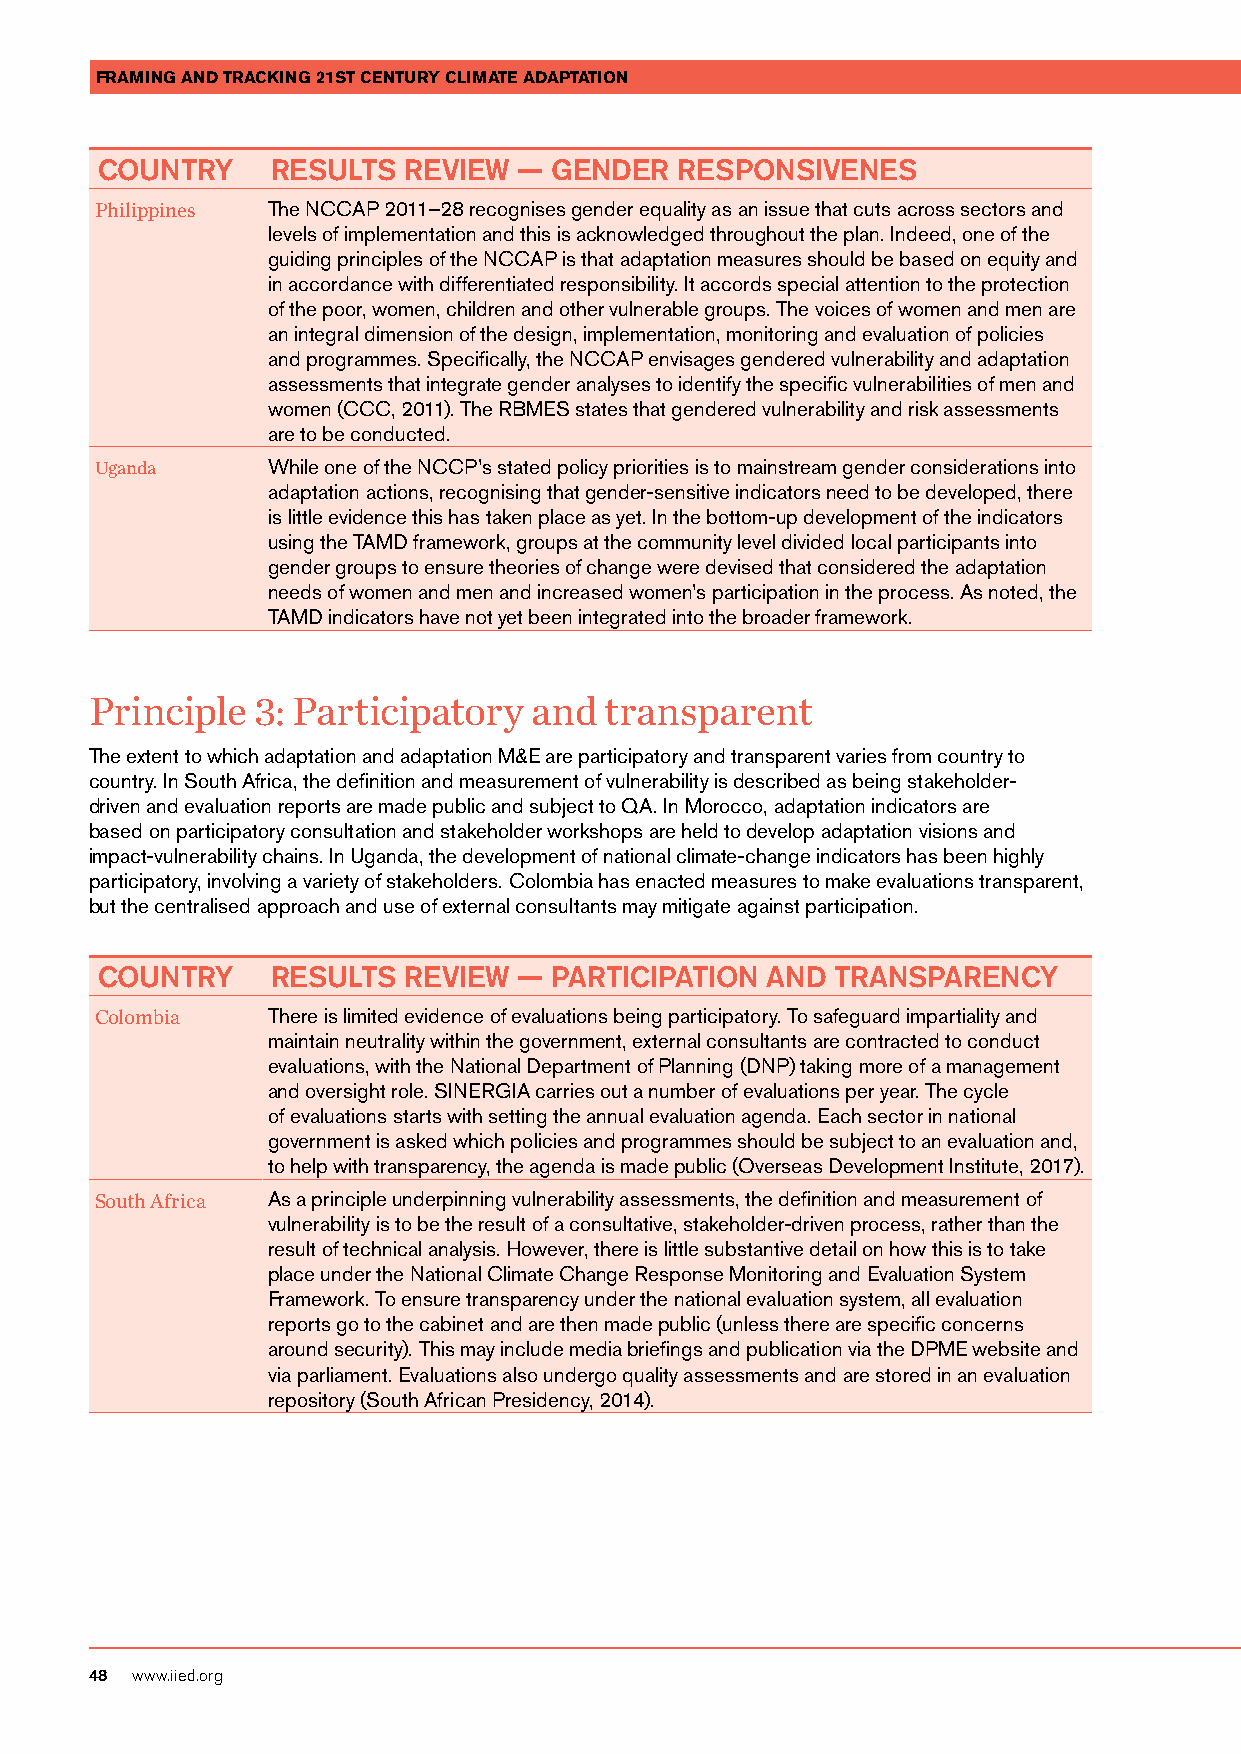
FRAMING AND TRACKING 21ST CENTURY CLIMATE ADAPTATION
 COUNTRY     RESULTS  REVIEW —  GENDER  RESPONSIVENES
 Philippines The NCCAP 2011–28 recognises gender equality as an issue that cuts across sectors and
 levels of implementation and this is acknowledged throughout the plan. Indeed, one of the
 guiding principles of the NCCAP is that adaptation measures should be based on equity and
 in accordance with differentiated responsibility. It accords special attention to the protection
 of the poor, women, children and other vulnerable groups. The voices of women and men are
 an integral dimension of the design, implementation, monitoring and evaluation of policies
 and programmes. Specifically, the NCCAP envisages gendered vulnerability and adaptation
 assessments that integrate gender analyses to identify the specific vulnerabilities of men and
 women (CCC, 2011). The RBMES states that gendered vulnerability and risk assessments
 are to be conducted.
 Uganda      While one of the NCCP’s stated policy priorities is to mainstream gender considerations into
 adaptation actions, recognising that gender-sensitive indicators need to be developed, there
 is little evidence this has taken place as yet. In the bottom-up development of the indicators
 using the TAMD framework, groups at the community level divided local participants into
 gender groups to ensure theories of change were devised that considered the adaptation
 needs of women and men and increased women’s participation in the process. As noted, the
 TAMD indicators have not yet been integrated into the broader framework.
 Principle  3: Participatory  and  transparent
 The extent to which adaptation and adaptation M&E are participatory and transparent varies from country to
 country. In South Africa, the definition and measurement of vulnerability is described as being stakeholder-
 driven and evaluation reports are made public and subject to QA. In Morocco, adaptation indicators are
 based on participatory consultation and stakeholder workshops are held to develop adaptation visions and
 impact-vulnerability chains. In Uganda, the development of national climate-change indicators has been highly
 participatory, involving a variety of stakeholders. Colombia has enacted measures to make evaluations transparent,
 but the centralised approach and use of external consultants may mitigate against participation.
 COUNTRY     RESULTS  REVIEW —  PARTICIPATION AND TRANSPARENCY
 Colombia    There is limited evidence of evaluations being participatory. To safeguard impartiality and
 maintain neutrality within the government, external consultants are contracted to conduct
 evaluations, with the National Department of Planning (DNP) taking more of a management
 and oversight role. SINERGIA carries out a number of evaluations per year. The cycle
 of evaluations starts with setting the annual evaluation agenda. Each sector in national
 government is asked which policies and programmes should be subject to an evaluation and,
 to help with transparency, the agenda is made public (Overseas Development Institute, 2017).
 South Africa As a principle underpinning vulnerability assessments, the definition and measurement of
 vulnerability is to be the result of a consultative, stakeholder-driven process, rather than the
 result of technical analysis. However, there is little substantive detail on how this is to take
 place under the National Climate Change Response Monitoring and Evaluation System
 Framework. To ensure transparency under the national evaluation system, all evaluation
 reports go to the cabinet and are then made public (unless there are specific concerns
 around security). This may include media briefings and publication via the DPME website and
 via parliament. Evaluations also undergo quality assessments and are stored in an evaluation
 repository (South African Presidency, 2014).
 48 www.iied.org